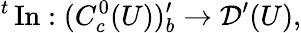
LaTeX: {}^{t}\operatorname{In}:(C_{c}^{0}(U))_{b}^{\prime}\to{\mathcal{D}}^{\prime}(U),